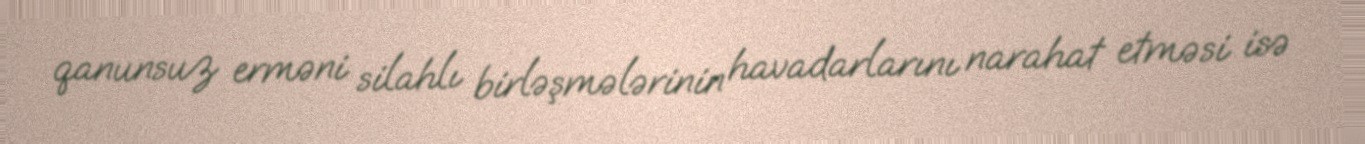
qanunsuz erməni silahlı birləşmələrinin havadarlarını narahat etməsi isə